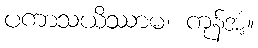
ပကာသယိဿာမ၊ ကုန်အံ့။